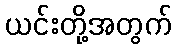
ယင်းတို့အတွက်